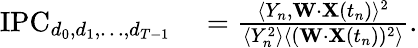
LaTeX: \begin{array}{rl}{\mathrm{IPC}_{d_{0},d_{1},\ldots,d_{T-1}}}&{{}=\frac{\langle Y_{n},\mathbf{W}\cdot\mathbf{X}(t_{n})\rangle^{2}}{\langle Y_{n}^{2}\rangle\langle(\mathbf{W}\cdot\mathbf{X}(t_{n}))^{2}\rangle}.}\end{array}